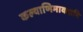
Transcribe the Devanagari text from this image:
कल्याणिमावदानि